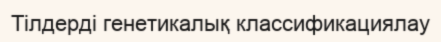
Тілдерді генетикалық классификациялау